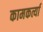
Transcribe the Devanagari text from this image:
कामकर्त्या